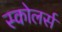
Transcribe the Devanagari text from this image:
स्कोलर्स